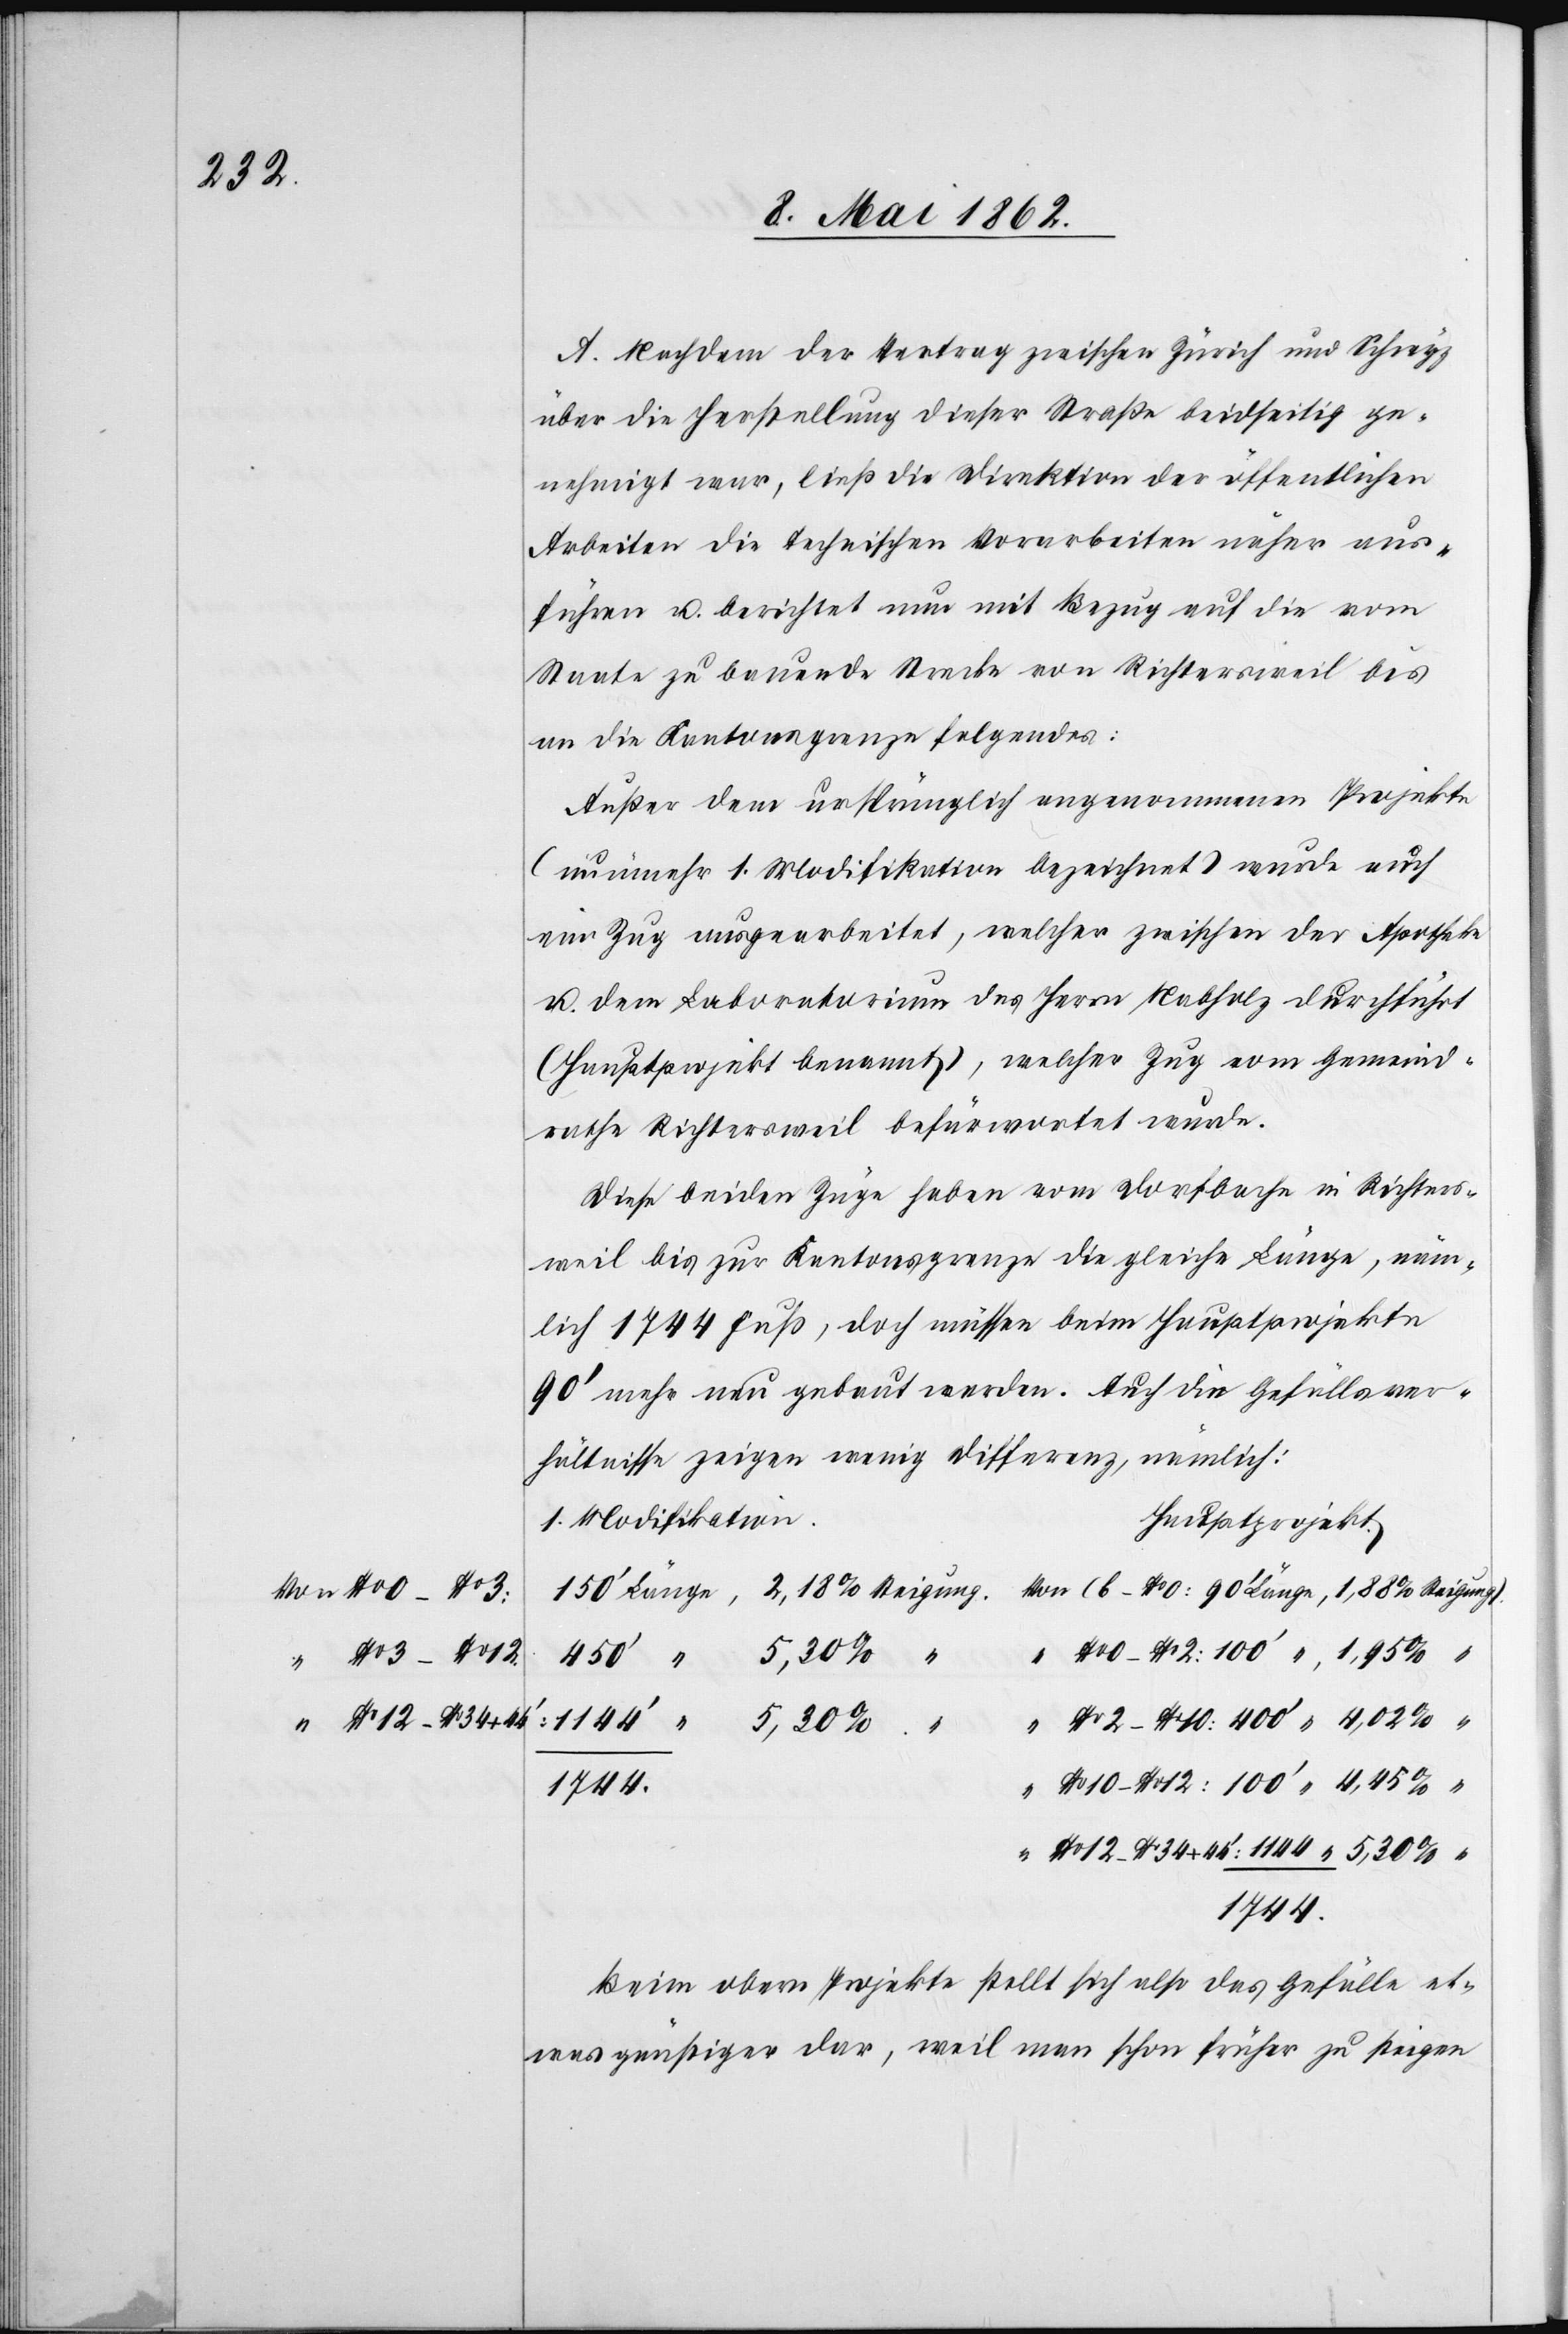
No. 34

No. 10 – No.
No. 12

A. Nachdem der Vertrag zwischen Zürich und Schwyz
über die Herstellung dieser Straße beidseitig ge¬
nehmigt war, ließ die Direktion der öffentlichen
Arbeiten die technischen Vorarbeiten näher aus¬
führen u. berichtet nun mit Bezug auf die vom
Staate zu bauende Strecke von Richtersweil bis
an die Kantonsgrenze folgendes:
Außer dem ursprünglich angenommenen Projekte
(nunmehr 1. Modifikation bezeichnet) wurde auch
ein Zug ausgearbeitet, welcher zwischen der Apotheke
u. dem Laboratorium des Herrn Nabholz durchführt
(Hauptprojekt benannt), welcher Zug vom Gemeind¬
rathe Richtersweil befürwortet wurde.
Diese beiden Züge haben vom Dorfbache in Richters¬
weil bis zur Kantonsgrenze die gleiche Länge, näm¬
lich 1744 Fuß, doch müssen beim Hauptprojekte
90’ mehr neu gebaut werden. Auch die Gefällsver¬
hältnisse zeigen wenig Differenz, nämlich:
“
“
1744
Beim obern Projekte stellt sich also das Gefälle et¬
was günstiger dar, weil man schon früher zu steigen